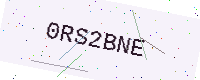
Text: 0RS2BNE